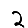
Digit: 2